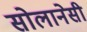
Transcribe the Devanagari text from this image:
सोलानेसी